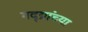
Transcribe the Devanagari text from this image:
गद्य्रांच्या